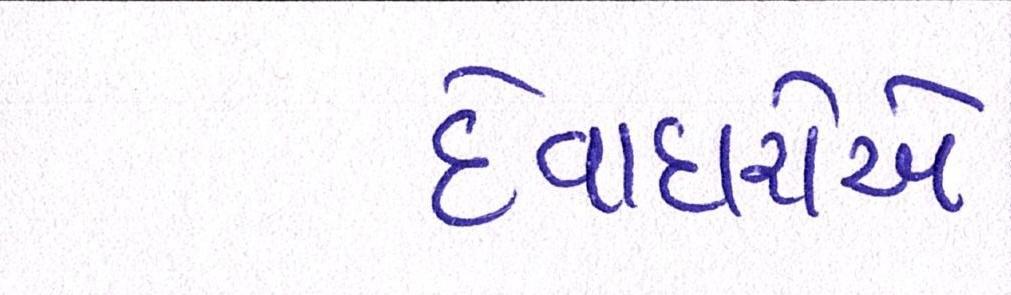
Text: દેવાદારોએ